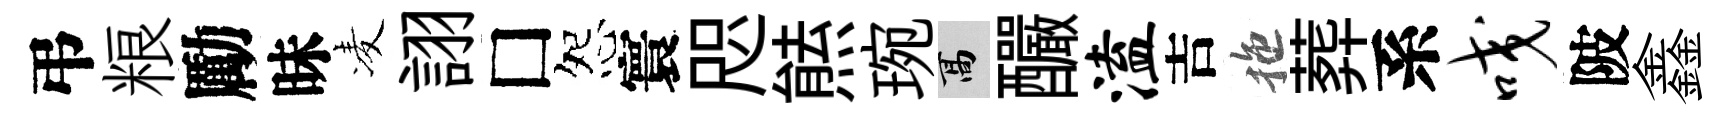
弔粮勵昧凌詡□怨寰咫㷱琬高釅溘吉拖葬系咬陂鑫